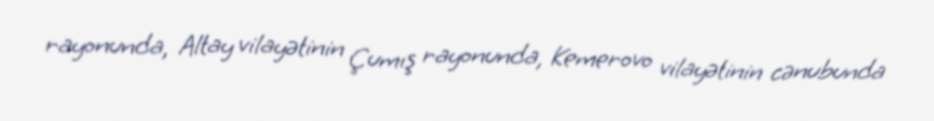
rayonunda, Altay vilayətinin Çumış rayonunda, Kemerovo vilayətinin cənubunda